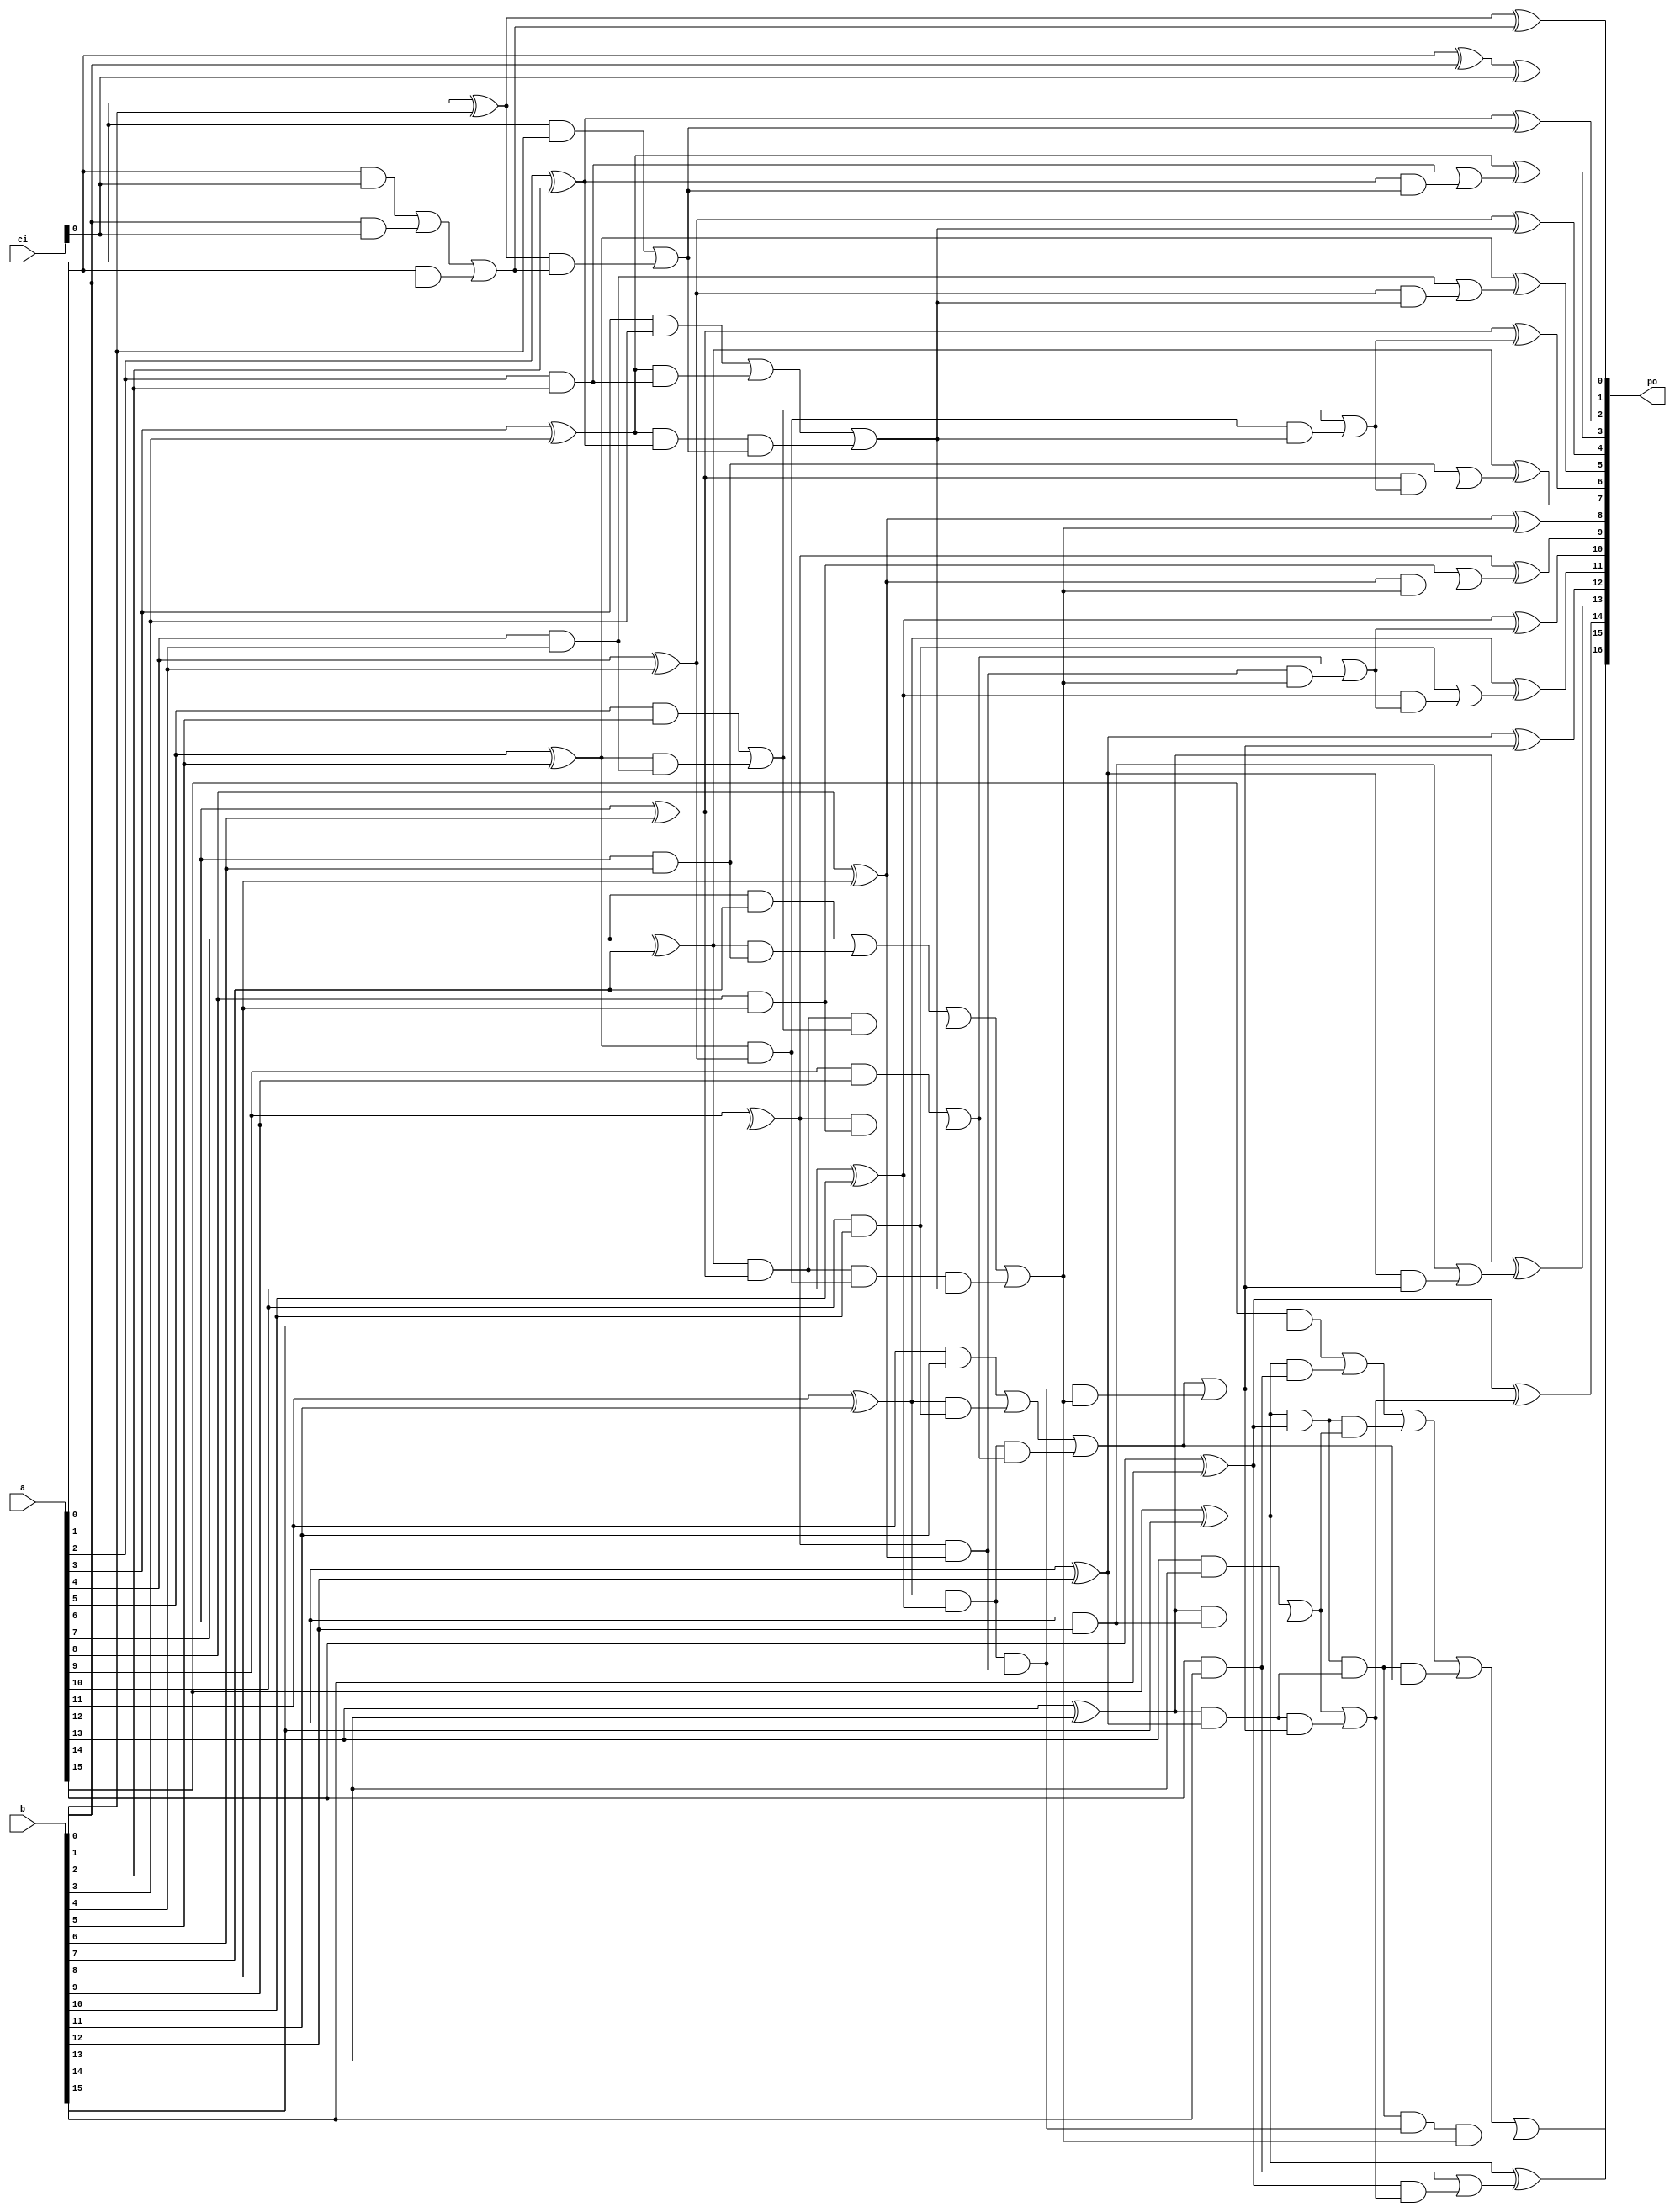
`timescale 1ns / 1ps
//////////////////////////////////////////////////////////////////////////////////
// 
// Design Name: adder
// Module Name: adder_bka
// Description: Brent-Kung Adder
// License: MIT
//  Copyright (c) 2024 Dmitry Matyunin
//  Permission is hereby granted, free of charge, to any person obtaining a copy
//  of this software and associated documentation files (the "Software"), to deal
//  in the Software without restriction, including without limitation the rights
//  to use, copy, modify, merge, publish, distribute, sublicense, and/or sell
//  copies of the Software, and to permit persons to whom the Software is
//  furnished to do so, subject to the following conditions:
//
//  The above copyright notice and this permission notice shall be included in
//  all copies or substantial portions of the Software.
//
//  THE SOFTWARE IS PROVIDED "AS IS", WITHOUT WARRANTY OF ANY KIND, EXPRESS OR
//  IMPLIED, INCLUDING BUT NOT LIMITED TO THE WARRANTIES OF MERCHANTABILITY
//  FITNESS FOR A PARTICULAR PURPOSE AND NONINFRINGEMENT. IN NO EVENT SHALL THE
//  AUTHORS OR COPYRIGHT HOLDERS BE LIABLE FOR ANY CLAIM, DAMAGES OR OTHER
//  LIABILITY, WHETHER IN AN ACTION OF CONTRACT, TORT OR OTHERWISE, ARISING FROM,
//  OUT OF OR IN CONNECTION WITH THE SOFTWARE OR THE USE OR OTHER DEALINGS IN
//  THE SOFTWARE.
// 
//////////////////////////////////////////////////////////////////////////////////

// Radix 2
module adder_bka_r2 #(
	parameter WIDTH = 16
)
(
	input wire [WIDTH-1:0]a,
	input wire [WIDTH-1:0]b,
	input wire [WIDTH-1:0]ci,
	output wire [WIDTH:0]po
);

localparam GP0 = $clog2(WIDTH);
localparam GP1 = GP0 - 1;
localparam GP = GP0+GP1;

reg [WIDTH-1:0]p[GP:0];
reg [WIDTH-1:0]g[GP:0];
reg [WIDTH-1:0]s;
reg c;

integer i, j;

assign po = {c, s};

always @(*) begin
	for (i = 0; i < WIDTH; i = i + 1) begin
		p[0][i] = a[i] ^ b[i];
		if (i == 0) begin
			g[0][i] = (a[i] & ci) | (b[i] & ci) | (a[i] & b[i]);
		end else begin
			g[0][i] = a[i] & b[i];
		end
	end
	
	for (i = 0; i < GP0; i = i + 1) begin
		for (j = 0; j < WIDTH; j = j + 1) begin
			g[i+1][j] = g[i][j];
			p[i+1][j] = p[i][j];
		end
		for (j = 2**(i+1)-1; j < WIDTH; j = j + 2**(i+1)) begin
			g[i+1][j] = g[i][j] | (p[i][j] & g[i][j-2**i]);
			p[i+1][j] = p[i][j];
			if (j != 2**(i+1)-1) begin
				p[i+1][j] = p[i][j] & p[i][j-2**i];
			end
		end
	end
	
	for (i = 0; i < GP1-1; i = i + 1) begin
		for (j = 0; j < WIDTH; j = j + 1) begin
			g[GP0+i+1][j] = g[GP0+i][j];
			p[GP0+i+1][j] = p[GP0+i][j];
		end
		for (j = 3*2**(GP1-1-i)-1; j < WIDTH; j = j + 2**(GP1-i)) begin
			g[GP0+i+1][j] = g[GP0+i][j] | (p[GP0+i][j] & g[GP0+i][j-2**(GP1-i-1)]);
			p[GP0+i+1][j] = p[GP0+i][j];
		end
	end
	
	for (i = 0; i < WIDTH; i = i + 1) begin
		g[GP][i] = g[GP-1][i];
		p[GP][i] = p[GP-1][i];
	end
	
	for (i = 2; i < WIDTH; i = i + 1) begin
		if ((i % 2) == 1'b0) begin
			g[GP][i] = g[GP-1][i] | (p[GP-1][i] & g[GP-1][i-1]);
			p[GP][i] = p[GP-1][i];
		end
	end
	
	c = g[GP][WIDTH-1];
	for (i = 0; i < WIDTH; i = i + 1) begin
		if (i == 0) begin
			s[i] = p[0][i] ^ ci;
		end else begin
			s[i] = p[0][i] ^ g[GP][i-1];
		end
	end 
end

endmodule